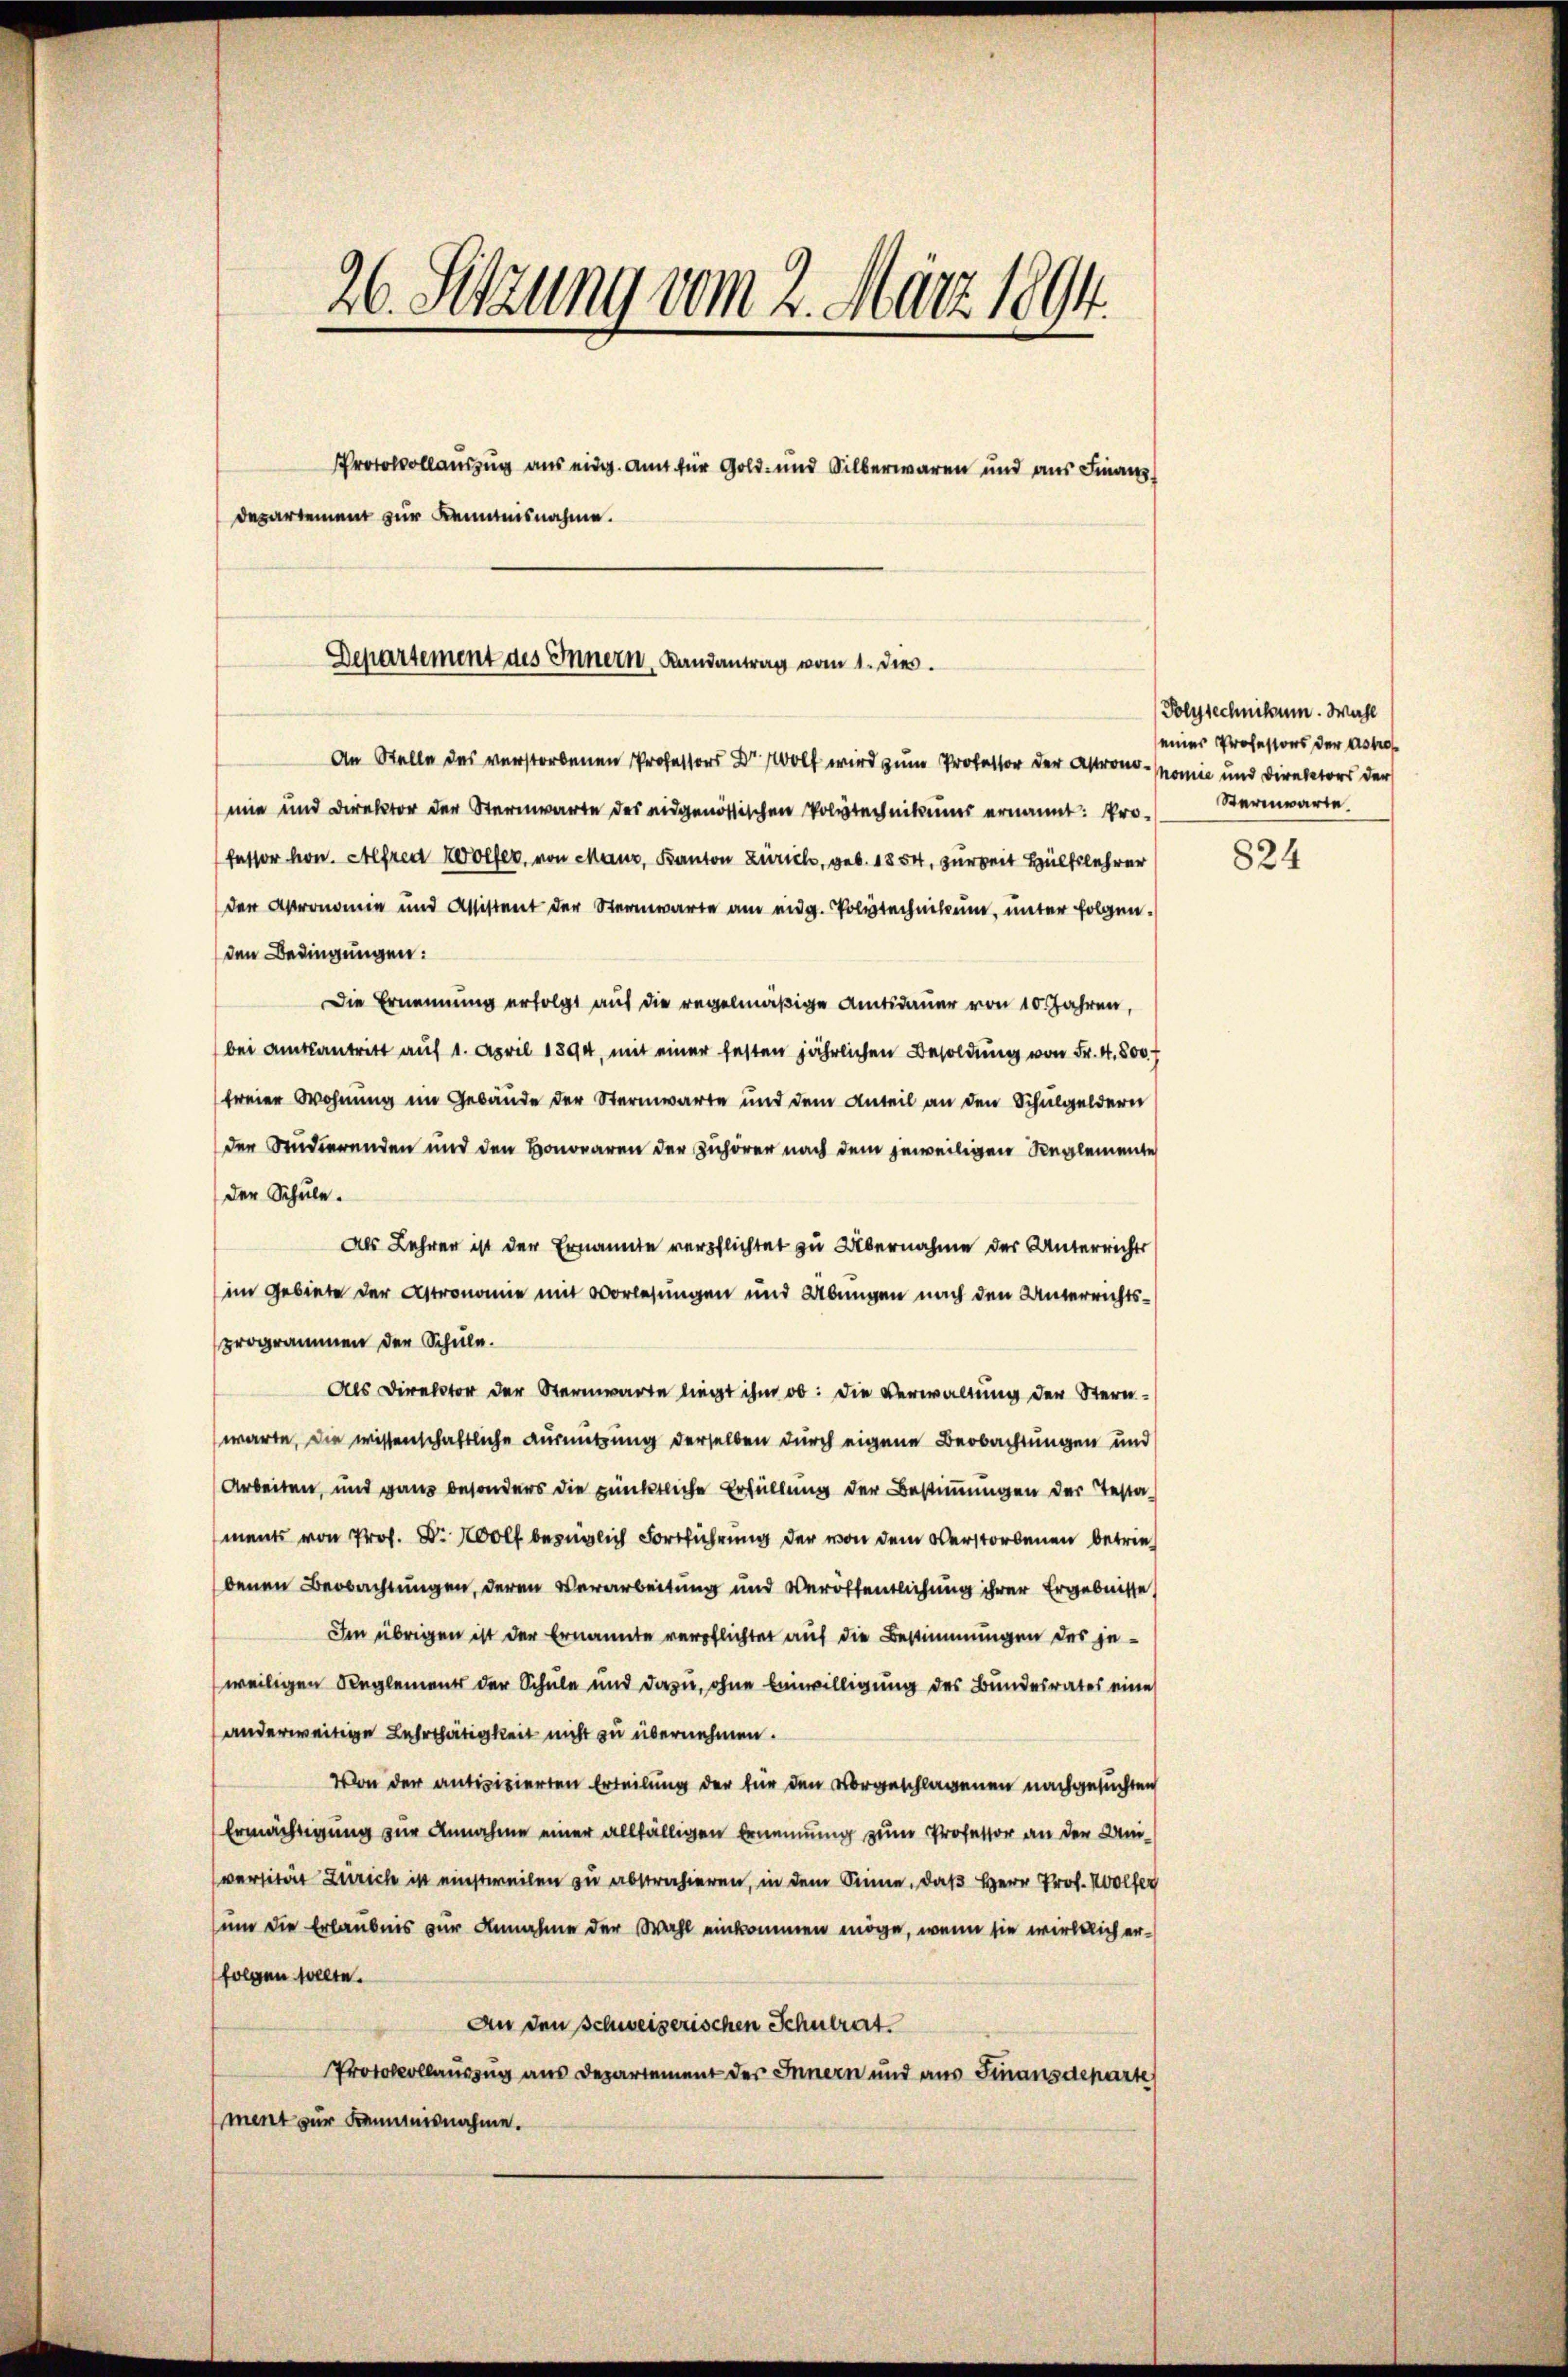
An Stelle des verstorbenen Professors Dr. Wolf wird zum Professor der Astronomie und Direktor der Sternwarte des eidgenössischen Polytechnikums ernannt: Professor hon. Alfred Wölfer, von Maur, Kanton Zürich, geb. 1854, zur Zeit Hülfslehrer
der Apronomie und Assistent der Sternwarte am eidg. Polytechnikum, unter folgen.
den Bedingungen:
Die Ernennung erfolgt auf die regelmäßige Amtsdauer von 10. Jahren,
bei Amtsantritt auf 1. April 1894, mit einer festen jährlichen Besoldung von Fr. 4. 800.
freier Wohnung im Gebäude der Sternwarte und dem Anteil an den Schulgeldern
den Studierenden und den Honoraren der Zuhörer nach dem jeweiligen Reglemente
der Schule.
Als Lehrer ist der Ernannte verpflichtet zu Übernahme der Unterrichts
im Gebiete der Astronomie mit Vorlesungen und Übungen nach den Unterrichtsprogrammen der Schule.
Als Direktor der Sternwarte liegt ihm ob: die Verwaltung der Sternwarte, die wissenschaftliche Ausnutzung derselben durch eigene Beobachtungen und
Arbeiten, und ganz besonders die pünktliche Erfüllung der Bestimmungen der Testaments von Prof. Dr. Wolf bezüglich Fortführung der von dem Verstorbenen betriebenen Beobachtungen, deren Verarbeitung und Veröffentlichung ihrer Ergebnisse
Im übrigen ist der Ernannte verpflichtet auf die Bestimmungen des jeweiligen Reglement der Schule und dazu, ohne Einwilligung des Bundesrates eine
anderweitige Lehrthätigkeit nicht zu übernehmen.
Von der antizipierten Erteilung der für den vorgeschlagenen nachgesuchten
Ermächtigung zur Annahme einer allfälligen Brummung zum Professor an der Universität Zürich ist einstweilen zu abstrahieren, in dem Sinne, daß Herr Prof. Wolfe
um die Erlaubnis zur Annahme der Wahl einkommen möge, wenn sie wirklich erfolgen selte.
An den schweizerischen Schulrat
Protokollauszug aus Departement des Innern und aus Finanzdeparte
ment zur Kemnisnahme.

26. Setzung vom 2. März 1894.

Departement zur Kenntnisnahme.

Protokollauszug aus eidg. Amt für Gold- und Silberwaren und aus Finanz

Departement des Innern, Landantrag vom 1. dies

Polytechnikum. Wahl
einer Professors der Astrof
nomie und Direktors der
Sternwarte.

824